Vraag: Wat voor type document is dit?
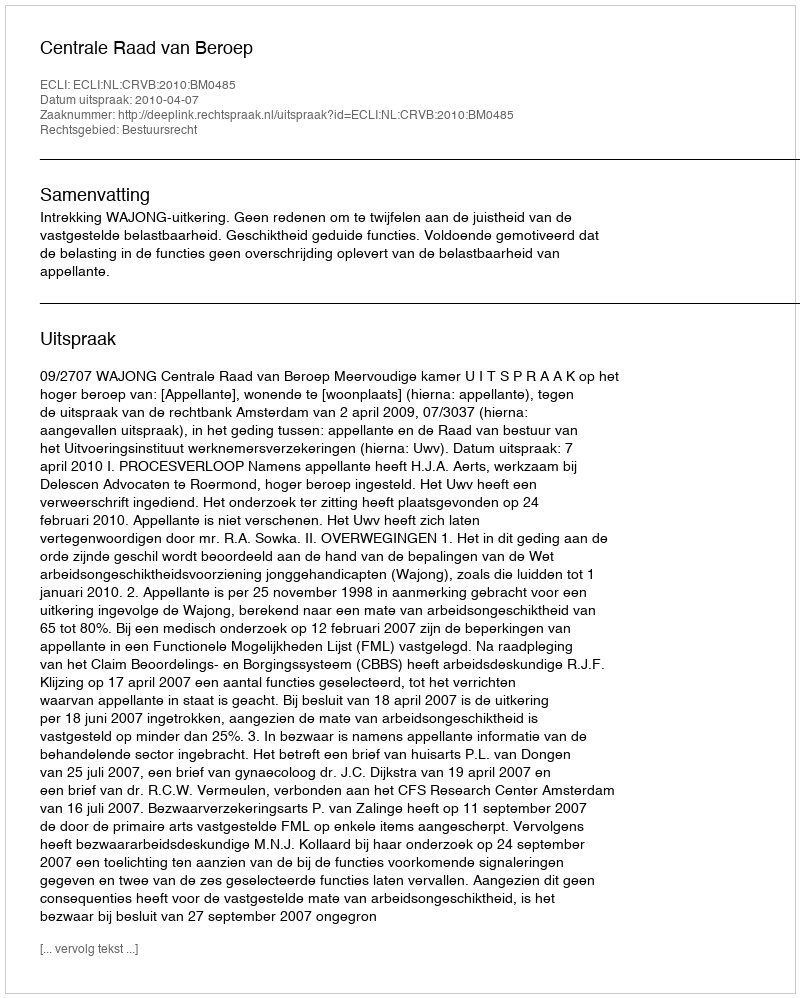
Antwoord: Uitspraak